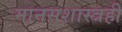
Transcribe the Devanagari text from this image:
मानसशास्त्रही